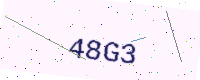
Text: 48G3